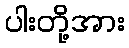
ပါးတို့အား